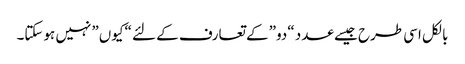
بالکل اسی طرح جیسے عدد “دو” کے تعارف کے لئے “کیوں” نہیں ہوسکتا۔